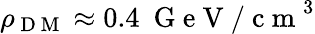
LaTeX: \rho_{\mathrm{~D~M~}}\approx 0.4\ \mathrm{~G~e~V~/~c~m~}^{3}